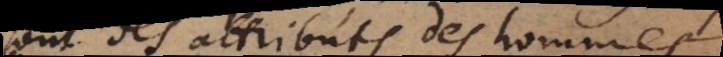
sont des attributs des hommes.